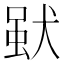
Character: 𤟩